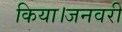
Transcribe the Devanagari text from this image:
किया।जनवरी